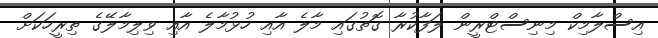
އިސްލާމިކް މިނިސްޓްރީން ލަފާކުރާ ގޮތުގައި މާލެ އާއި ހުޅުމާލެ އާއި ވިލިމާލޭގެ ތިރީހަކަށް